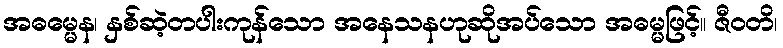
အဓမ္မေန၊ နှစ်ဆဲ့တပါးကုန်သော အနေသနဟုဆိုအပ်သော အဓမ္မဖြင့်။ ဇီဝတိ၊